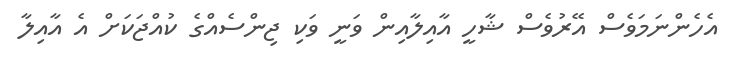
އެހެންނަމަވެސް އޭރުވެސް ޝާހީ އާއިލާއިން ވަނީ ވަކި ޖިންސެއްގެ ކުއްޖަކަށް އެ އާއިލާ